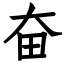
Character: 奋